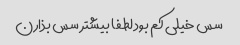
سس خیلی کم بود لطفا بیشتر سس بذارن